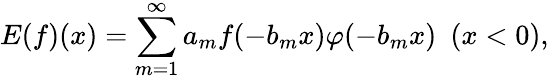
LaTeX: \displaystyle{E(f)(x)=\sum_{m=1}^{\infty}a_{m}f(-b_{m}x)\varphi(-b_{m}x)\, \, \, (x<0),}